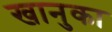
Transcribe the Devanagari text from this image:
खानुका